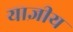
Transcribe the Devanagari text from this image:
याज्ञीय